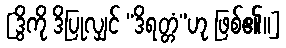
[ဒွိကို ဒိပြုလျှင် “ဒိရတ္တံ”ဟု ဖြစ်၏။]